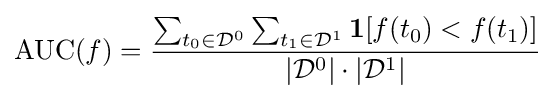
{\text{AUC}}(f)={\frac {\sum _{t_{0}\in {\mathcal {D}}^{0}}\sum _{t_{1}\in {\mathcal {D}}^{1}}{\textbf {1}}[f(t_{0})<f(t_{1})]}{|{\mathcal {D}}^{0}|\cdot |{\mathcal {D}}^{1}|}}